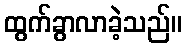
ထွက်ခွာလာခဲ့သည်။